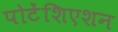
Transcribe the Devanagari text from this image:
पोटेंशिएशन